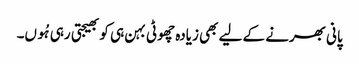
پانی بھرنے کے لیے بھی زیادہ چھوٹی بہن ہی کو بھیجتی رہی ہُوں۔